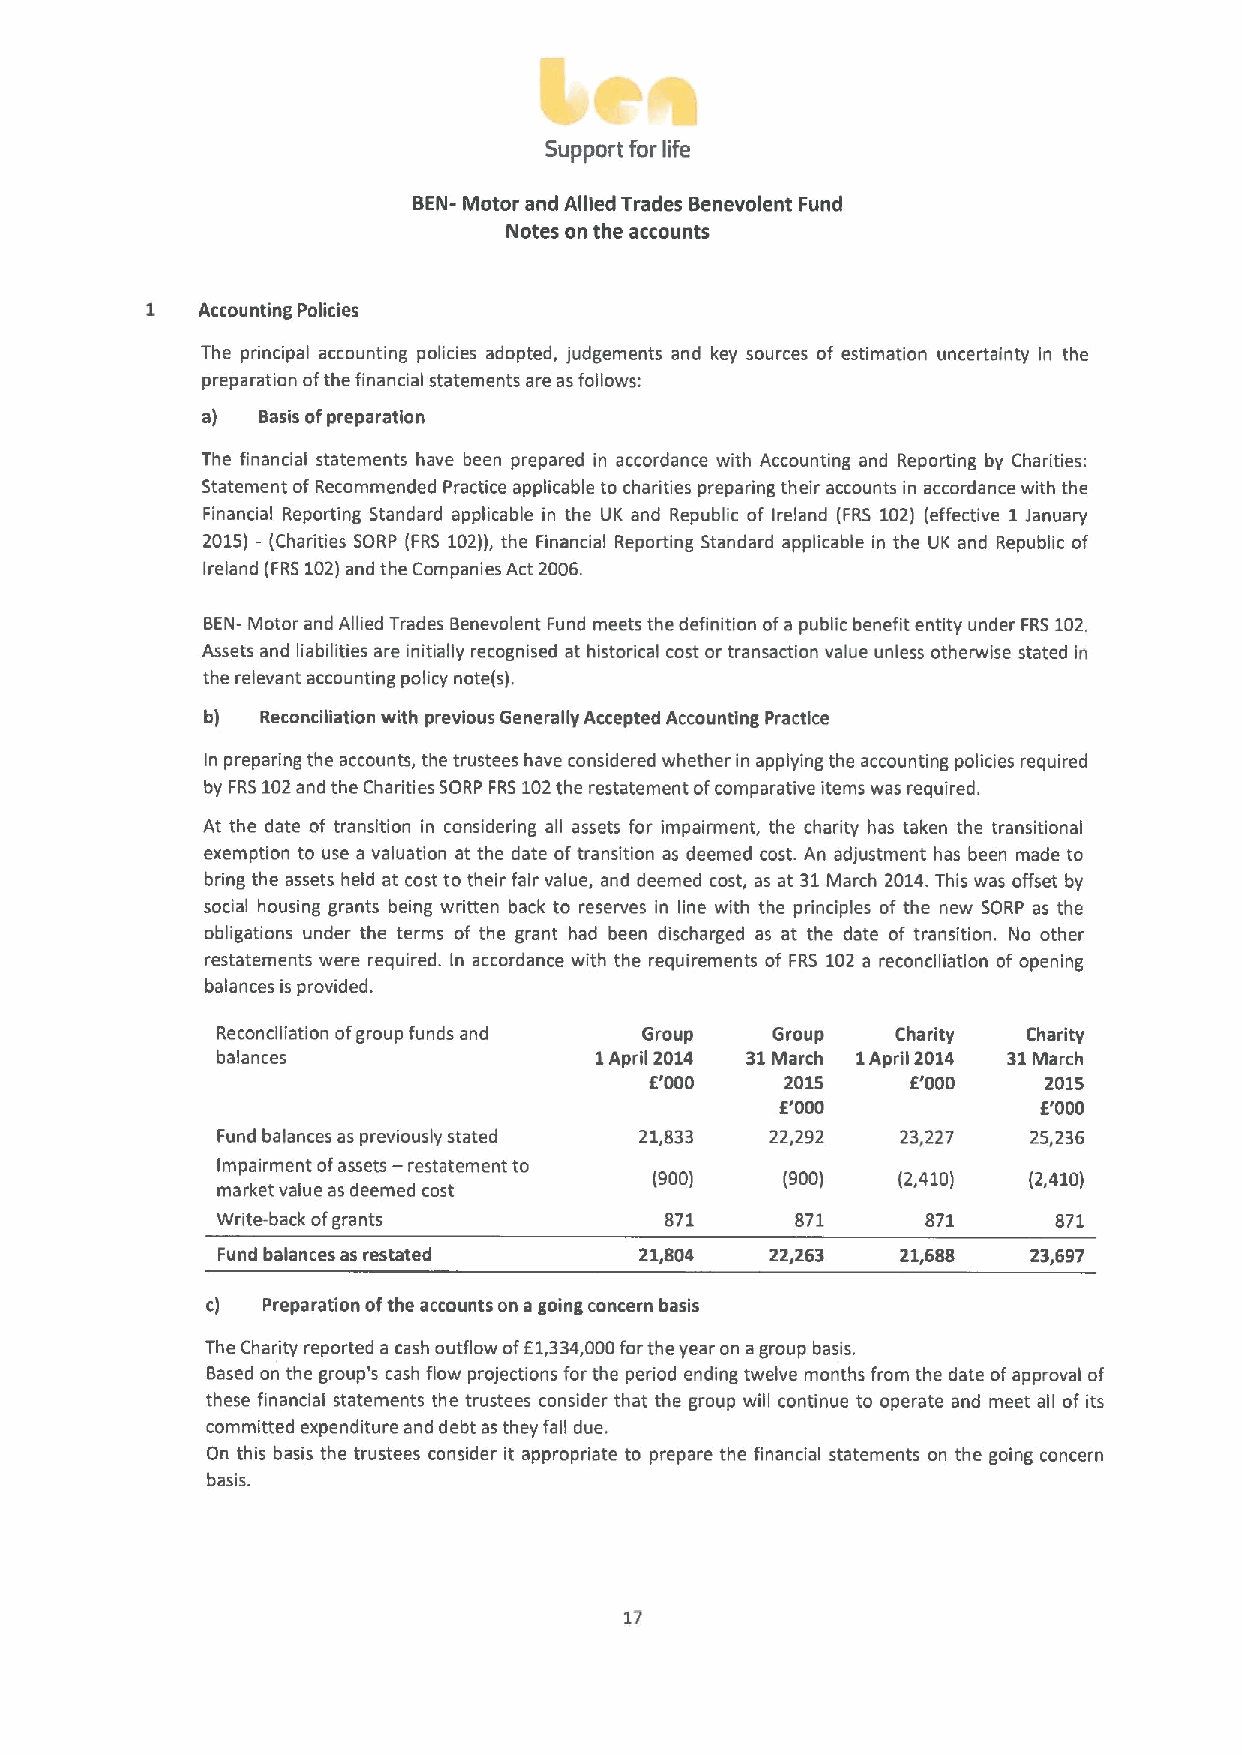
Support for life
 BEN- Motor and Allied Trades Benevolent Fund
 Notes on the accounts
 1  Accounting Policies
 The principal accounting policies adopted, judgements and key sources of estimation uncertainty in the
 preparation ofthe financial statements are as follows:
 a)  Basis ofpreparation
 The financial statements have been prepared in accordance with Accounting and Reporting by Charities:
 Statement of Recommended Practice applicable to charities preparing their accounts in accordance with the
 Financial Reporting Standard applicable in the UK and Republic of Ireland (FRS 102) (effective 1January
 2015) - (Charities SORP (FRS 102)),the Financial Reporting Standard applicable in the UK and Republic of
 Ireland (FRS102)and the Companies Act 2006.
 BEN- Motor and Allied 1rades Benevolent Fund meets the definition ofa public benefit entity under FRS102.
 Assets and liabilities are initially recognised at historical cost or transaction value unless otherwise stated in
 the relevant accounting policy note(s).
 b) Reconciliation with previous Generally Accepted Accounting Practice
 In preparing the accounts, the trustees have considered whether in applying the accounting policies required
 by FRS102and the Charities SORP FRS102the restatement ofcomparative items was required.
 At the date of transition in considering all assets for impairment, the charity has taken the transitional
 exemption to use a valuation at the date oftransition as deemed cost. An adjustment has been made to
 bring the assets held at cost to their fair value, and deemed cost, as at 31March 2014.This was offset by
 social housing grants being written back to reserves in line with the principles of the new SORP as the
 obligations under the terms of the grant had been discharged as at the date of transition. No other
 restatements were required. In accordance with the requirements of FRS 102 a reconciliation of opening
 balances is provided.
 Reconciliation ofgroup funds and Group Group Charity  Charity
 balances                 1April 2014 31March 1
 April
 2014  31March
 E'000    2015    E'000    2015
 E'000            E'000
 Fund balances as previously stated 21,833 22,292 23,227 25,236
 Impairment ofassets —restatement to
 (900)    (900)  (2,410)  (2,410)
 market value as deemed cost
 write-back ofgrants           871      871     871      871
 Fund balances as restated   21,804   22,263   21,688  23,697
 c) Preparation ofthe accounts on agoing concern basis
 The Charity reported a cash outflow ofE1,334,000forthe year on agroup basis.
 Based on the group's cash flow projections for the period ending twelve months from the date ofapproval of
 these financial statements the trustees consider that the group will continue to operate and meet all of its
 committed expenditure and debt asthey fall due.
 On this basis the trustees consider it appropriate to prepare the financial statements on the going concern
 basis.
 17